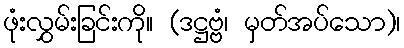
ဖုံးလွှမ်းခြင်းကို။ (ဒဋ္ဌဗ္ဗံ၊ မှတ်အပ်သော)၊